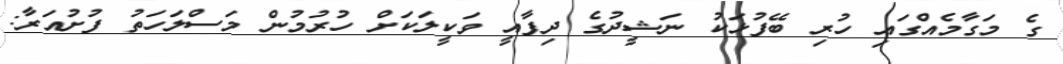
ގެ މަގާމެއްގައި ހުރި ބޭފުޅަކު ނަޝީދުގެ ދިފާއީ ވަކީލަކަށް ހުރުމުން މަސްލަހަތު ފުށުއަރާ: